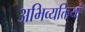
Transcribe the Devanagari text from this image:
अभिव्‍यक्तियां